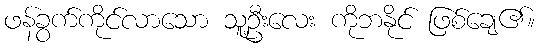
ဖန်ခွက်ကိုင်လာသော သူ့ဦးလေး ကိုဘနိုင် ဖြစ်ချေ၏။